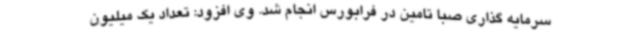
سرمایه گذاری صبا تامین در فرابورس انجام شد. وی افزود: تعداد یک میلیون